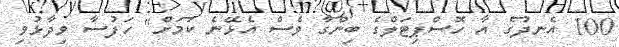
100 އެނދުގެ އާ ހޮސްޕިޓަލްގެ ބިންގާ ވެސް އެޅޭނެ ކަމަށް" ހަފުސާ ވިދާޅުވި